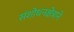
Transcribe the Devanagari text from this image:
संशोधनक्षेत्राने